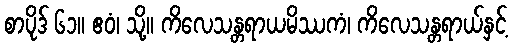
စာပိုဒ် ၆၁။ ဧဝံ၊ သို့။ ကိလေသန္တရာယမိဿကံ၊ ကိလေသန္တရာယ်နှင့်